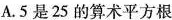
A.5是25的算术平方根